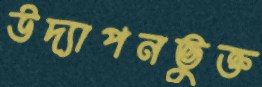
উদ্যাপনভুক্ত